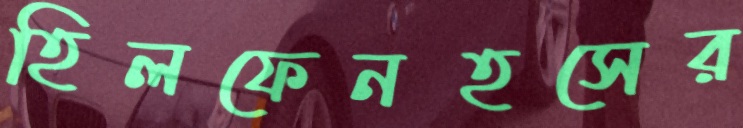
হিলফেনহসের